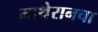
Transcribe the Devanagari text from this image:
माथेरानचा